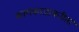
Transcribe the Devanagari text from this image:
कामकाजाकरीता